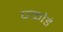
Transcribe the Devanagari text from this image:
पकोडे